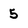
Character: 5